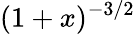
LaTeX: (1+x)^{-3/2}